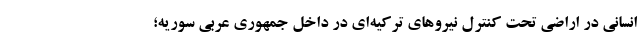
انسانی در اراضی تحت کنترل نیروهای ترکیه‌ای در داخل جمهوری عربی سوریه؛